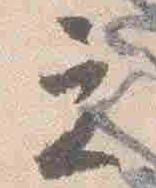
立